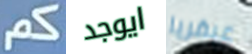
كم ايوجد عبقريا